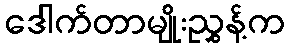
ဒေါက်တာမျိုးညွှန့်က